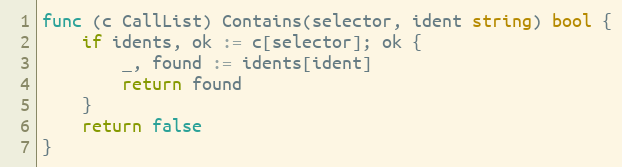
Language: Go
func (c CallList) Contains(selector, ident string) bool {
	if idents, ok := c[selector]; ok {
		_, found := idents[ident]
		return found
	}
	return false
}